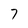
Character: 7